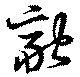
融